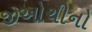
જીઓચીનો